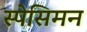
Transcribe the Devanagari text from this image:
स्पेसिमन